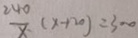
\frac { 2 4 0 } { x } ( x + 2 0 ) = 3 0 0